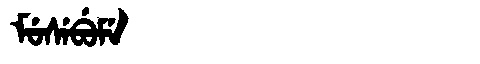
Manchu: ᠮᡠᠰᡝᠪᡠᠮᡝ
Romanization: MUSEBUME